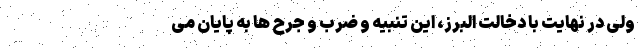
ولی در نهایت با دخالت البرز، این تنبیه و ضرب و جرح ها به پایان می